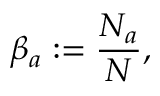
\beta _ { a } : = \frac { N _ { a } } { N } ,